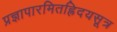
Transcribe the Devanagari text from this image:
प्रज्ञापारमितह्रिदयसूत्र